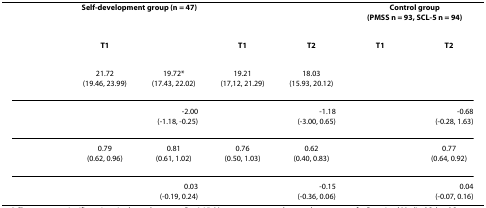
<table><thead><tr><td>[EMPTY_CELL]</td><td colspan="2"><b>Self-development group (n = 47)</b></td><td colspan="2">[EMPTY_CELL]</td><td colspan="2"><b>Control group (PMSS n = 93, SCL-5 n = 94)</b></td></tr><tr><td>[EMPTY_CELL]</td><td><b>T1</b></td><td>[EMPTY_CELL]</td><td><b>T1</b></td><td><b>T2</b></td><td><b>T1</b></td><td><b>T2</b></td></tr></thead><tbody><tr><td>[EMPTY_CELL]</td><td>21.72(19.46, 23.99)</td><td>19.72*(17.43, 22.02)</td><td>19.21(17,12, 21.29)</td><td>18.03(15.93, 20.12)</td><td>[EMPTY_CELL]</td><td>[EMPTY_CELL]</td></tr><tr><td>[EMPTY_CELL]</td><td colspan="2">-2.00(-1.18, -0.25)</td><td colspan="2">-1.18(-3.00, 0.65)</td><td colspan="2">-0.68(-0.28, 1.63)</td></tr><tr><td>[EMPTY_CELL]</td><td>0.79(0.62, 0.96)</td><td>0.81(0.61, 1.02)</td><td>0.76(0.50, 1.03)</td><td>0.62(0.40, 0.83)</td><td>[EMPTY_CELL]</td><td>0.77(0.64, 0.92)</td></tr><tr><td>[EMPTY_CELL]</td><td colspan="2">0.03(-0.19, 0.24)</td><td colspan="2">-0.15(-0.36, 0.06)</td><td colspan="2">0.04(-0.07, 0.16)</td></tr></tbody></table>